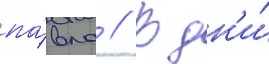
па́вла // В дн'и́